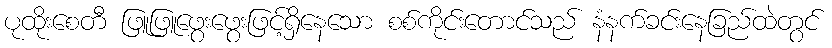
ပုထိုးစေတီ ဖြူဖြူဖွေးဖွေးဖြင့်ရှိနေသော စစ်ကိုင်းတောင်သည် နံနက်ခင်းနေခြည်ထဲတွင်